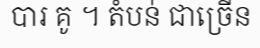
បារ គូ ។ តំបន់ ជាច្រើន